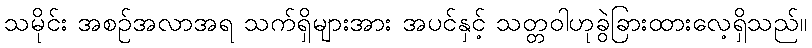
သမိုင်း အစဉ်အလာအရ သက်ရှိများအား အပင်နှင့် သတ္တဝါဟုခွဲခြားထားလေ့ရှိသည်။